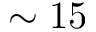
\sim 1 5